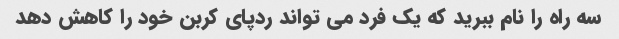
سه راه را نام ببرید که یک فرد می تواند ردپای کربن خود را کاهش دهد